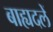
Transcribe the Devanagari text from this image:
बाह्यदलें